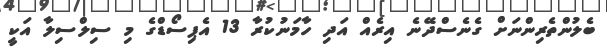
ބެލުންތެރިންނަަށް ގެނެސްދޭނެ އިރެއް އަދި ހާމަނުކުރާ 13 އެޕިސޯޑްގެ މި ސިލްސިލާ އަކީ